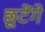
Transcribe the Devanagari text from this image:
छूटेंगे